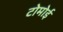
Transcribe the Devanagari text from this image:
टोमोई